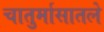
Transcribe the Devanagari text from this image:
चातुर्मासातले